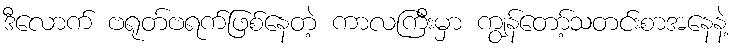
ဒီလောက် ဗရုတ်ဗရက်ဖြစ်နေတဲ့ ကာလကြီးမှာ ကျွန်တော့်သတင်းစာအနေနဲ့